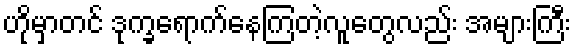
ဟိုမှာတင် ဒုက္ခရောက်နေကြတဲ့လူတွေလည်း အများကြီး